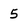
Character: 5